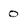
Character: O